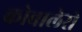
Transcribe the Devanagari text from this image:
कोबालेरो